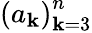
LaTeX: \left(a_{\mathbf{k}}\right)_{\mathbf{k}=3}^{n}